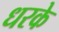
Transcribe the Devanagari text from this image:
धरके